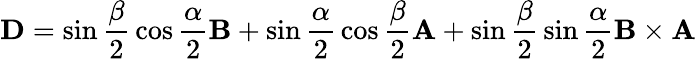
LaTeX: \mathbf{D}={\sin{\frac{\beta}{2}}\cos{\frac{\alpha}{2}}\mathbf{B}+\sin{\frac{\alpha}{2}}\cos{\frac{\beta}{2}}\mathbf{A}+\sin{\frac{\beta}{2}}\sin{\frac{\alpha}{2}}\mathbf{B}\times\mathbf{A}}